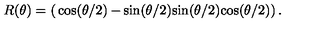
R ( \theta ) = \left( \begin{matrix} { \cos ( \theta / 2 ) } & { - \sin ( \theta / 2 ) } \\ { \sin ( \theta / 2 ) } & { \cos ( \theta / 2 ) } \\ \end{matrix} \right) .